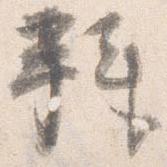
拝